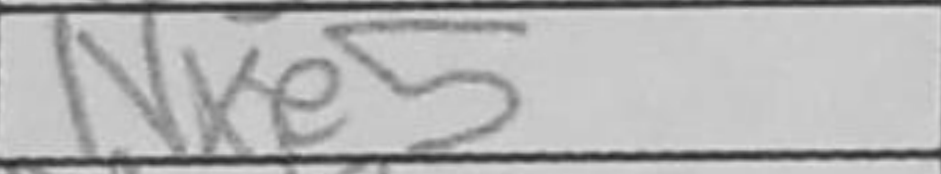
Transcription: Nxe5